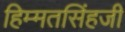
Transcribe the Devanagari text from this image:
हिम्मतसिंहजी